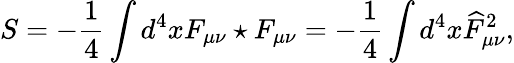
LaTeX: S=-\frac 14\int d^{4}xF_{\mu\nu}\star F_{\mu\nu}=-\frac 14\int d^{4}x\widehat{F}_{\mu\nu}^{2},